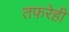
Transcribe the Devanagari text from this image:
तफ़रेही